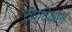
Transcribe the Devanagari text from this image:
रुपविकास